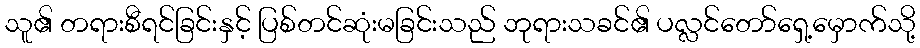
သူ၏ တရားစီရင်ခြင်းနှင့် ပြစ်တင်ဆုံးမခြင်းသည် ဘုရားသခင်၏ ပလ္လင်တော်ရှေ့မှောက်သို့